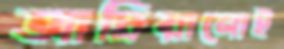
আদ্রিয়ানোই